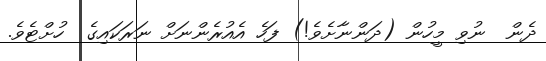
ދެން  ނުވި މީހުން (ދަންނާށެވެ!) ފަހެ އެއުރެންނަށް ނަރަކައިގެ  ހުށްޓެވެ.